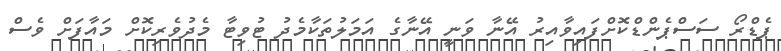
ޕެޑްރޯ ސަސްޕެންޑްކޮށްފައިވާއިރު އޭނާ ވަނީ އޭނާގެ އަމަލުތަކާމެދު ޓުވިޓާ މެދުވެރިކޮށް މައާފަށް ވެސް